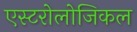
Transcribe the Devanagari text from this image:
एस्टरोलोजिकल